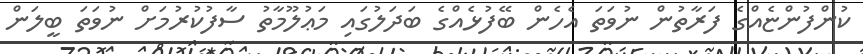
ކުންފުންޏެއްގެ ފަރާތުން ނުވަތަ އެހެން ބޭފުޅެއްގެ ބަދަލުގައި މަޢުލޫމާތު ސާފުކުރުމަށް ނުވަތަ ބީލަން